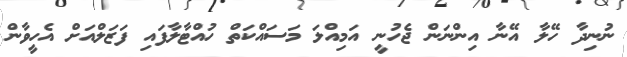
ނުނިދާ ހޭލާ އޭނާ އިންނަން ޖެހުނީ އަމިއްލަ މަސައްކަތް ހުއްޓާލާފައި ފަޒަލްއަށް އެހީވާން